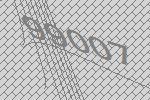
99007